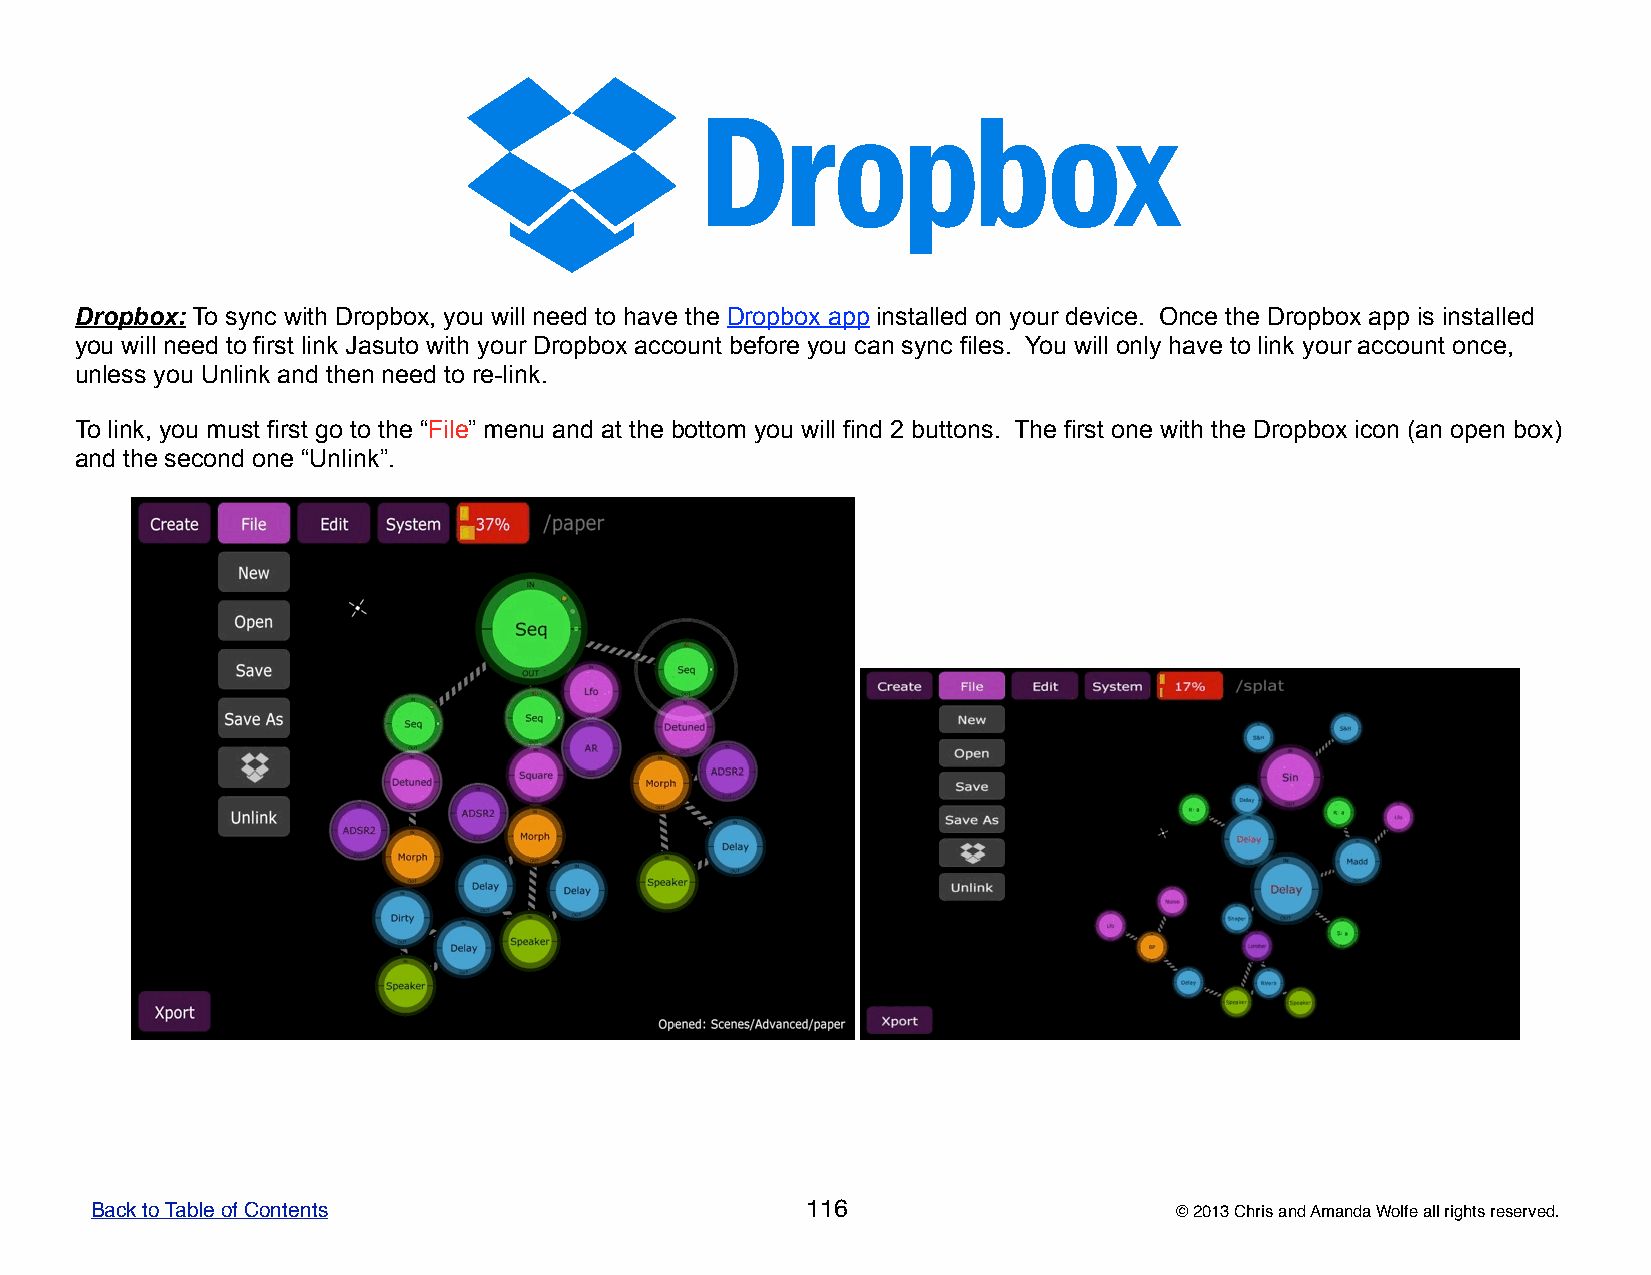
Dropbox: To sync with Dropbox, you will need to have the Dropbox app installed on your device. Once the Dropbox app is installed
 you will need to first link Jasuto with your Dropbox account before you can sync files. You will only have to link your account once,
 unless you Unlink and then need to re-link.
 To link, you must first go to the “File” menu and at the bottom you will find 2 buttons. The first one with the Dropbox icon (an open box)
 and the second one “Unlink”.
 Back to Table of Contents                      116                      © 2013 Chris and Amanda Wolfe all rights reserved.